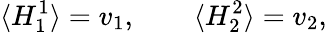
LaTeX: \langle H_{1}^{1}\rangle=v_{1},\qquad\langle H_{2}^{2}\rangle=v_{2},